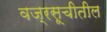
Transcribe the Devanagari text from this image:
वज्रसूचीतील